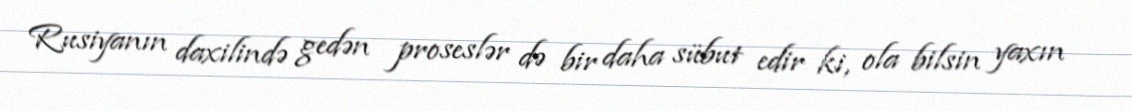
Rusiyanın daxilində gedən proseslər də bir daha sübut edir ki, ola bilsin yaxın